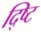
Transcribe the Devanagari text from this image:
द्ष्टि